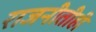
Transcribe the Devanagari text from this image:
राजनीतीही